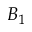
B _ { 1 }